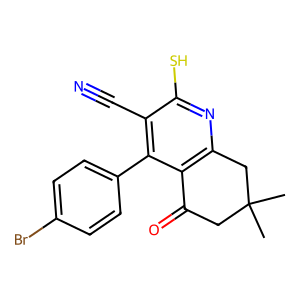
SMILES: CC1(C)CC(=O)c2c(nc(S)c(C#N)c2-c2ccc(Br)cc2)C1
Inhibits HIV replication: No